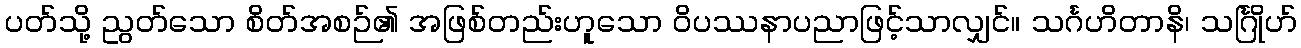
ပတ်သို့ ညွတ်သော စိတ်အစဉ်၏ အဖြစ်တည်းဟူသော ဝိပဿနာပညာဖြင့်သာလျှင်။ သင်္ဂဟိတာနိ၊ သင်္ဂြိုဟ်